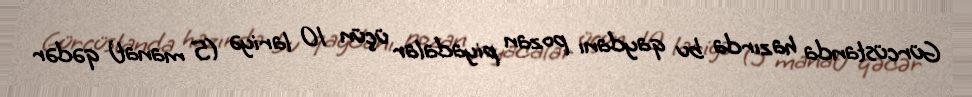
Gürcüstanda hazırda bu qaydanı pozan piyadalar üçün 10 lariyə (5 manat) qədər